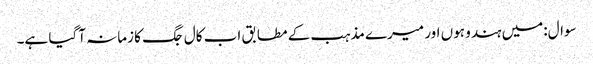
سوال:میں ہندو ہوں اور میرے مذہب کے مطابق اب کال جگ کا زمانہ آگیا ہے۔